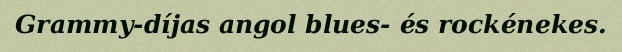
Grammy-díjas angol blues- és rockénekes.